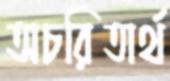
অচরিতার্থ